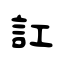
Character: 訌